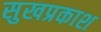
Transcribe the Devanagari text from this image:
सुखप्रकाश